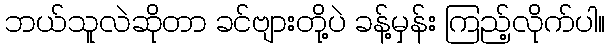
ဘယ်သူလဲဆိုတာ ခင်ဗျားတို့ပဲ ခန့်မှန်း ကြည့်လိုက်ပါ။